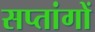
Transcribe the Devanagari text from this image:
सप्तांगों